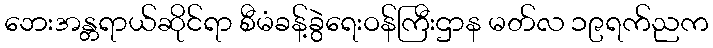
ဘေးအန္တရာယ်ဆိုင်ရာ စီမံခန့်ခွဲရေးဝန်ကြီးဌာန မတ်လ ၁၉ရက်ညက